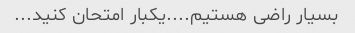
بسیار راضی هستیم....یکبار امتحان کنید...‌